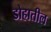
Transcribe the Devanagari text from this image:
डोहातील